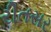
રીતસર